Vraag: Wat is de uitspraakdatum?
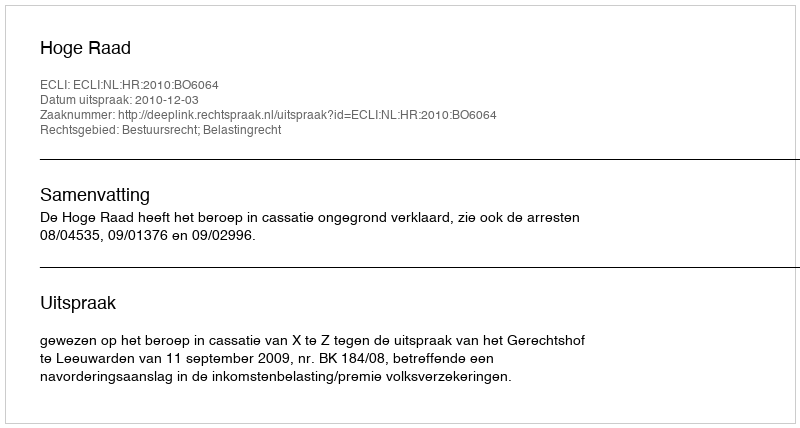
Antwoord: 2010-12-03